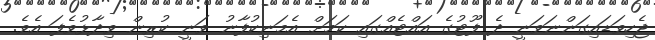
ޖެހިވަޑައިގަންނަވަނީ ދެ ފޫޓުގެ އައްޓެއްގައި ކަމަށް އެމަނިކުފާނު ވަނީ ކުރިން ވިދާޅުވެފަ އެވެ.